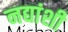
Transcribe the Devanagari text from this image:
नद्यांशी